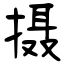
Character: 摄